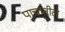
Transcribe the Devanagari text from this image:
पाचातील